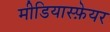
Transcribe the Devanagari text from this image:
मीडियास्फ़ेयर